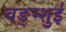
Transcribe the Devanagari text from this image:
चङ्ग्शुई